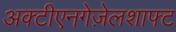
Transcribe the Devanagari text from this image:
अक्टीएनगेज़ेलशाफ्ट